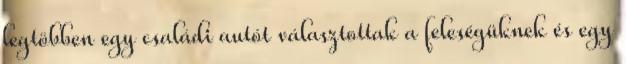
legtöbben egy családi autót választottak a feleségüknek és egy